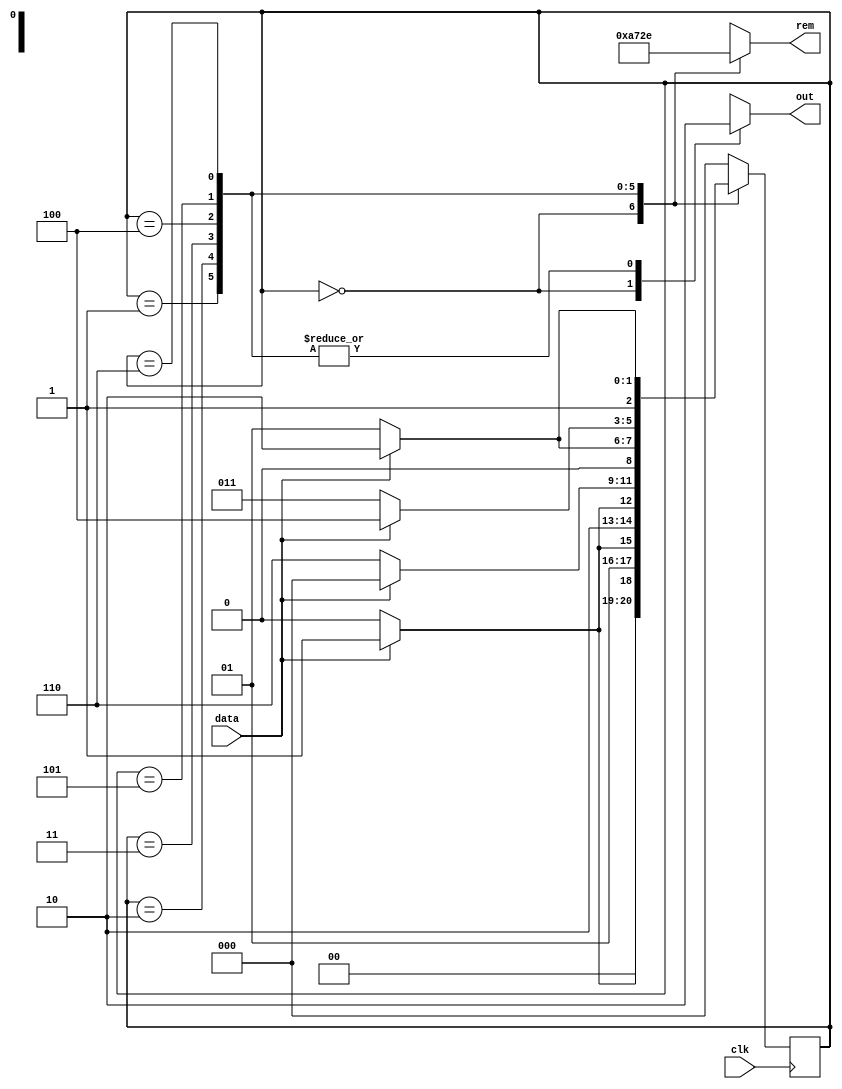
`timescale 1ns / 1ps

module divisibility_by7(out, rem , data, clk);
    output reg out;
    output reg [2:0] rem;
    input data, clk;
    parameter s0=3'd0, s1=3'd1, s2=3'd2, s3=3'd3, s4=3'd4, s5=3'd5, s6=3'd6;
    reg [2:0] state;
    
    always @(posedge clk) begin
        case (state)
            s0: state<= data ? s1:s0;
            s1: state<= data ? s3:s2;
            s2: state<= data ? s5:s4;
            s3: state<= data ? s0:s6;
            s4: state<= data ? s2:s1;
            s5: state<= data ? s4:s3;
            s6: state<= data ? s6:s5;
            default: state<=s0;
        endcase
    end
    
    always @(state) begin
        case(state)
            s0: begin out=1; rem=0; end
            s1: begin out=0; rem=1; end
            s2: begin out=0; rem=2; end
            s3: begin out=0; rem=3; end
            s4: begin out=0; rem=4; end
            s5: begin out=0; rem=5; end
            s6: begin out=0; rem=6; end
            default: begin out=1'bx; rem=3'bx; end
        endcase
    end
endmodule